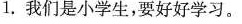
1，我们是小学生，要好好学习。